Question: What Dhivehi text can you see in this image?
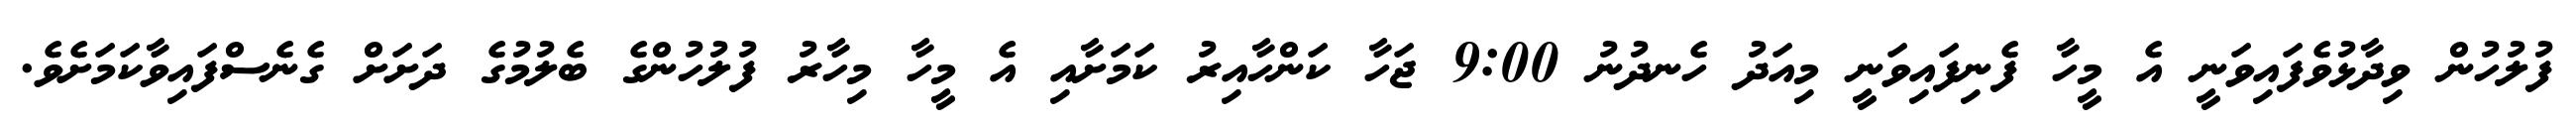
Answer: ފުލުހުން ވިދާޅުވެފައިވަނީ އެ މީހާ ފެނިފައިވަނީ މިއަދު ހެނދުނު 9:00 ޖަހާ ކަންހާއިރު ކަމަށާއި އެ މީހާ މިހާރު ފުލުހުންގެ ބެލުމުގެ ދަށަށް ގެނެސްފައިވާކަމަށެވެ.